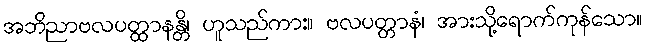
အဘိညာဗလပတ္ထာနန္တိ၊ ဟူသည်ကား။ ဗလပတ္တာနံ၊ အားသို့ရောက်ကုန်သော။